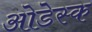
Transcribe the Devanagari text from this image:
ओडेस्क